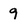
Character: q